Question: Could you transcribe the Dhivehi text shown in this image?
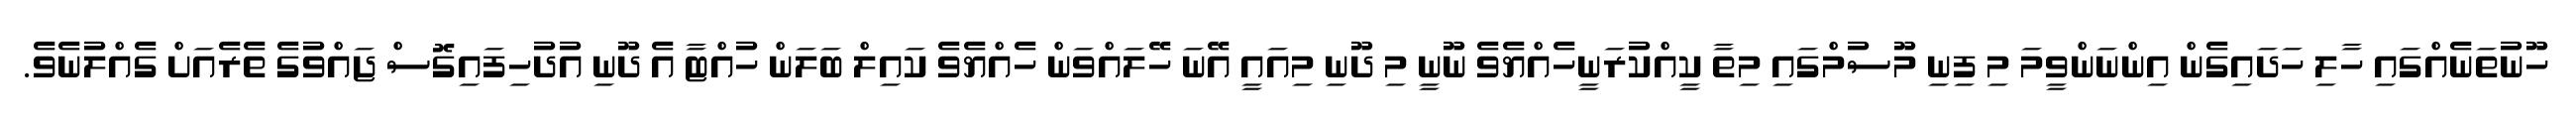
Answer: ހޫނުތަނެއްގައި ހާލި ހަދައިގެން އިންނަންވީމަ މި ފިނި މޫސުމްގައި މިތާ ކީއްކުރަނީހެއްޔެވެ ނޫނީ މި ދޫނި މިއައީ އޭނަ ހޭލައްވަން ހެއްޔެވެ ކައިލް ބަލަން ހުއްޓާ އެ ދޫނި އުދުހިފައިގޮސް ޖައްވުގެ ތެރެއަށް ގެއްލުނެވެ.